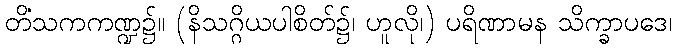
တိံသကကဏ္ဍ၌။ (နိသဂ္ဂိယပါစိတ်၌၊ ဟူလို၊) ပရိဏာမန သိက္ခာပဒေ၊